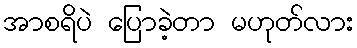
အာစရိပဲ ပြောခဲ့တာ မဟုတ်လား